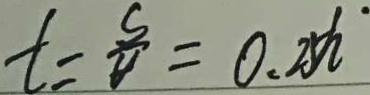
t = \frac { s } { v } = 0 . 2 5 h \cdot